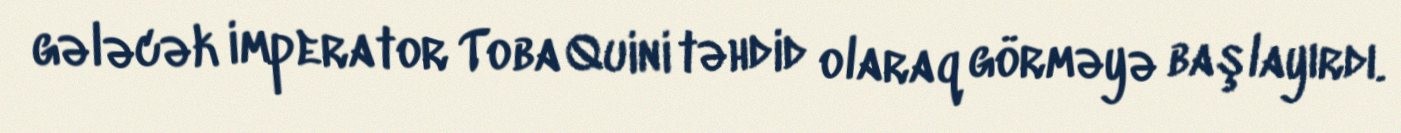
gələcək imperator Toba Quini təhdid olaraq görməyə başlayırdı.